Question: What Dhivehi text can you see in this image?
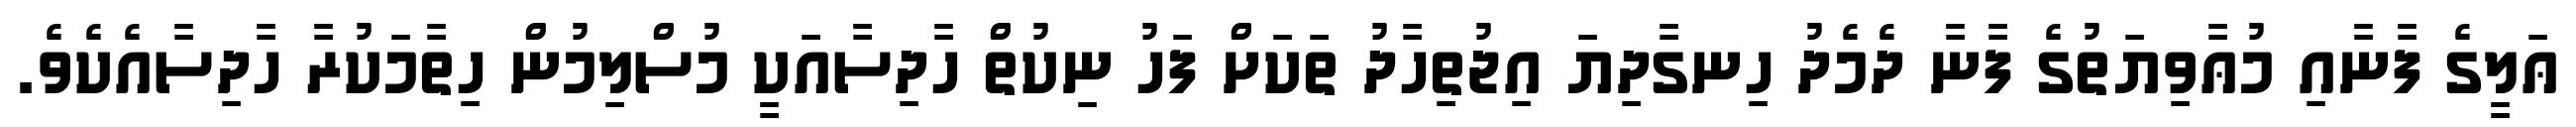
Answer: ޢަލީގެ ފާނާއި މުޢާވިޔަތުގެ ފާނާ ދެމެދު ހިނގާދިޔަ އިޖުތިހާދު ތަކަށް ފަހު ނިކުތް ހާދިސާއަކީ މުސްލިމުން ހިތާމަކުރާ ހާދިސާއެކެވެ.